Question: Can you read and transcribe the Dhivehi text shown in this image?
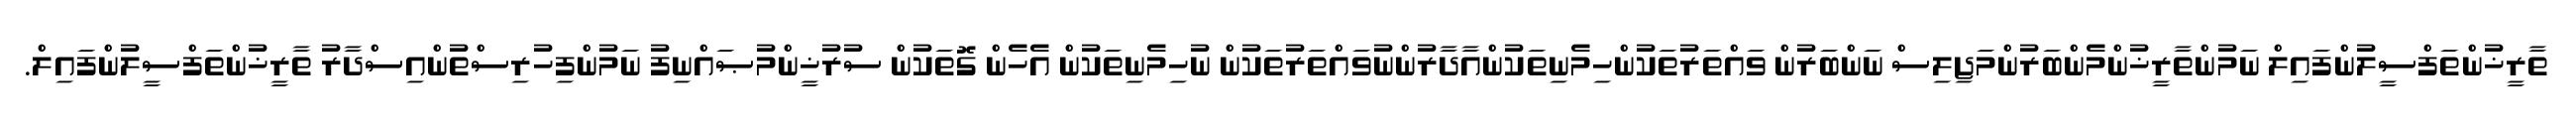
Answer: ތާރީޚުންތަފްސީލުންފައިލް ނަމުންތާރީޚުންމެންބަރުންމަޖިލިސް ނަންބަރުން ވައްތަރުތަކުންހިމެނިތަކުންއާދާރުންނުވައްތަރުތަކުން ނުހިމެނިތަކުން އެހެން ގޮތަކުން ސުރުޚީންމުޞައްނިފު ނަމުންފިހުރިސްތުންއިސްދާރު ތާރީޚުންތަފްސީލުންފައިލް.